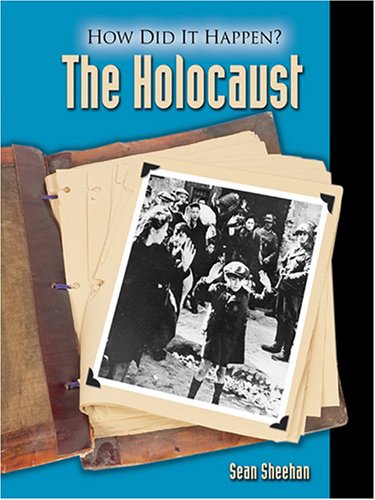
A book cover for The Holocaust (How Did It Happen?); Sean Sheehan; Teen & Young Adult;